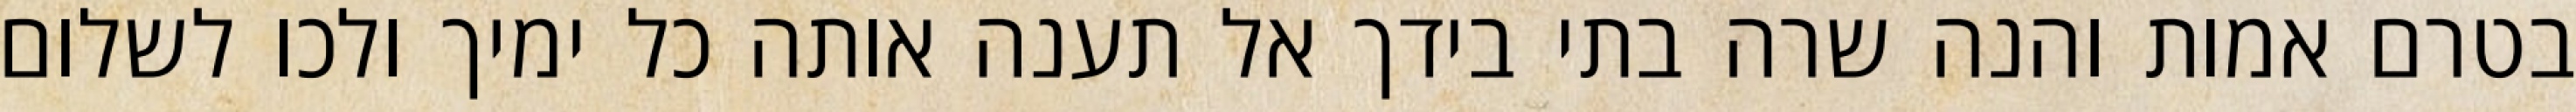
בטרם אמות והנה שרה בתי בידך אל תענה אותה כל ימיך ולכו לשלום